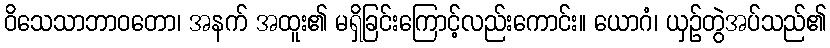
ဝိသေသာဘာဝတော၊ အနက် အထူး၏ မရှိခြင်းကြောင့်လည်းကောင်း။ ယောဂံ၊ ယှဉ်တွဲအပ်သည်၏